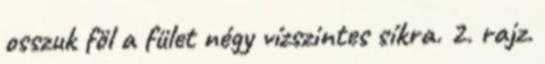
osszuk föl a fület négy vízszintes síkra. 2. rajz.